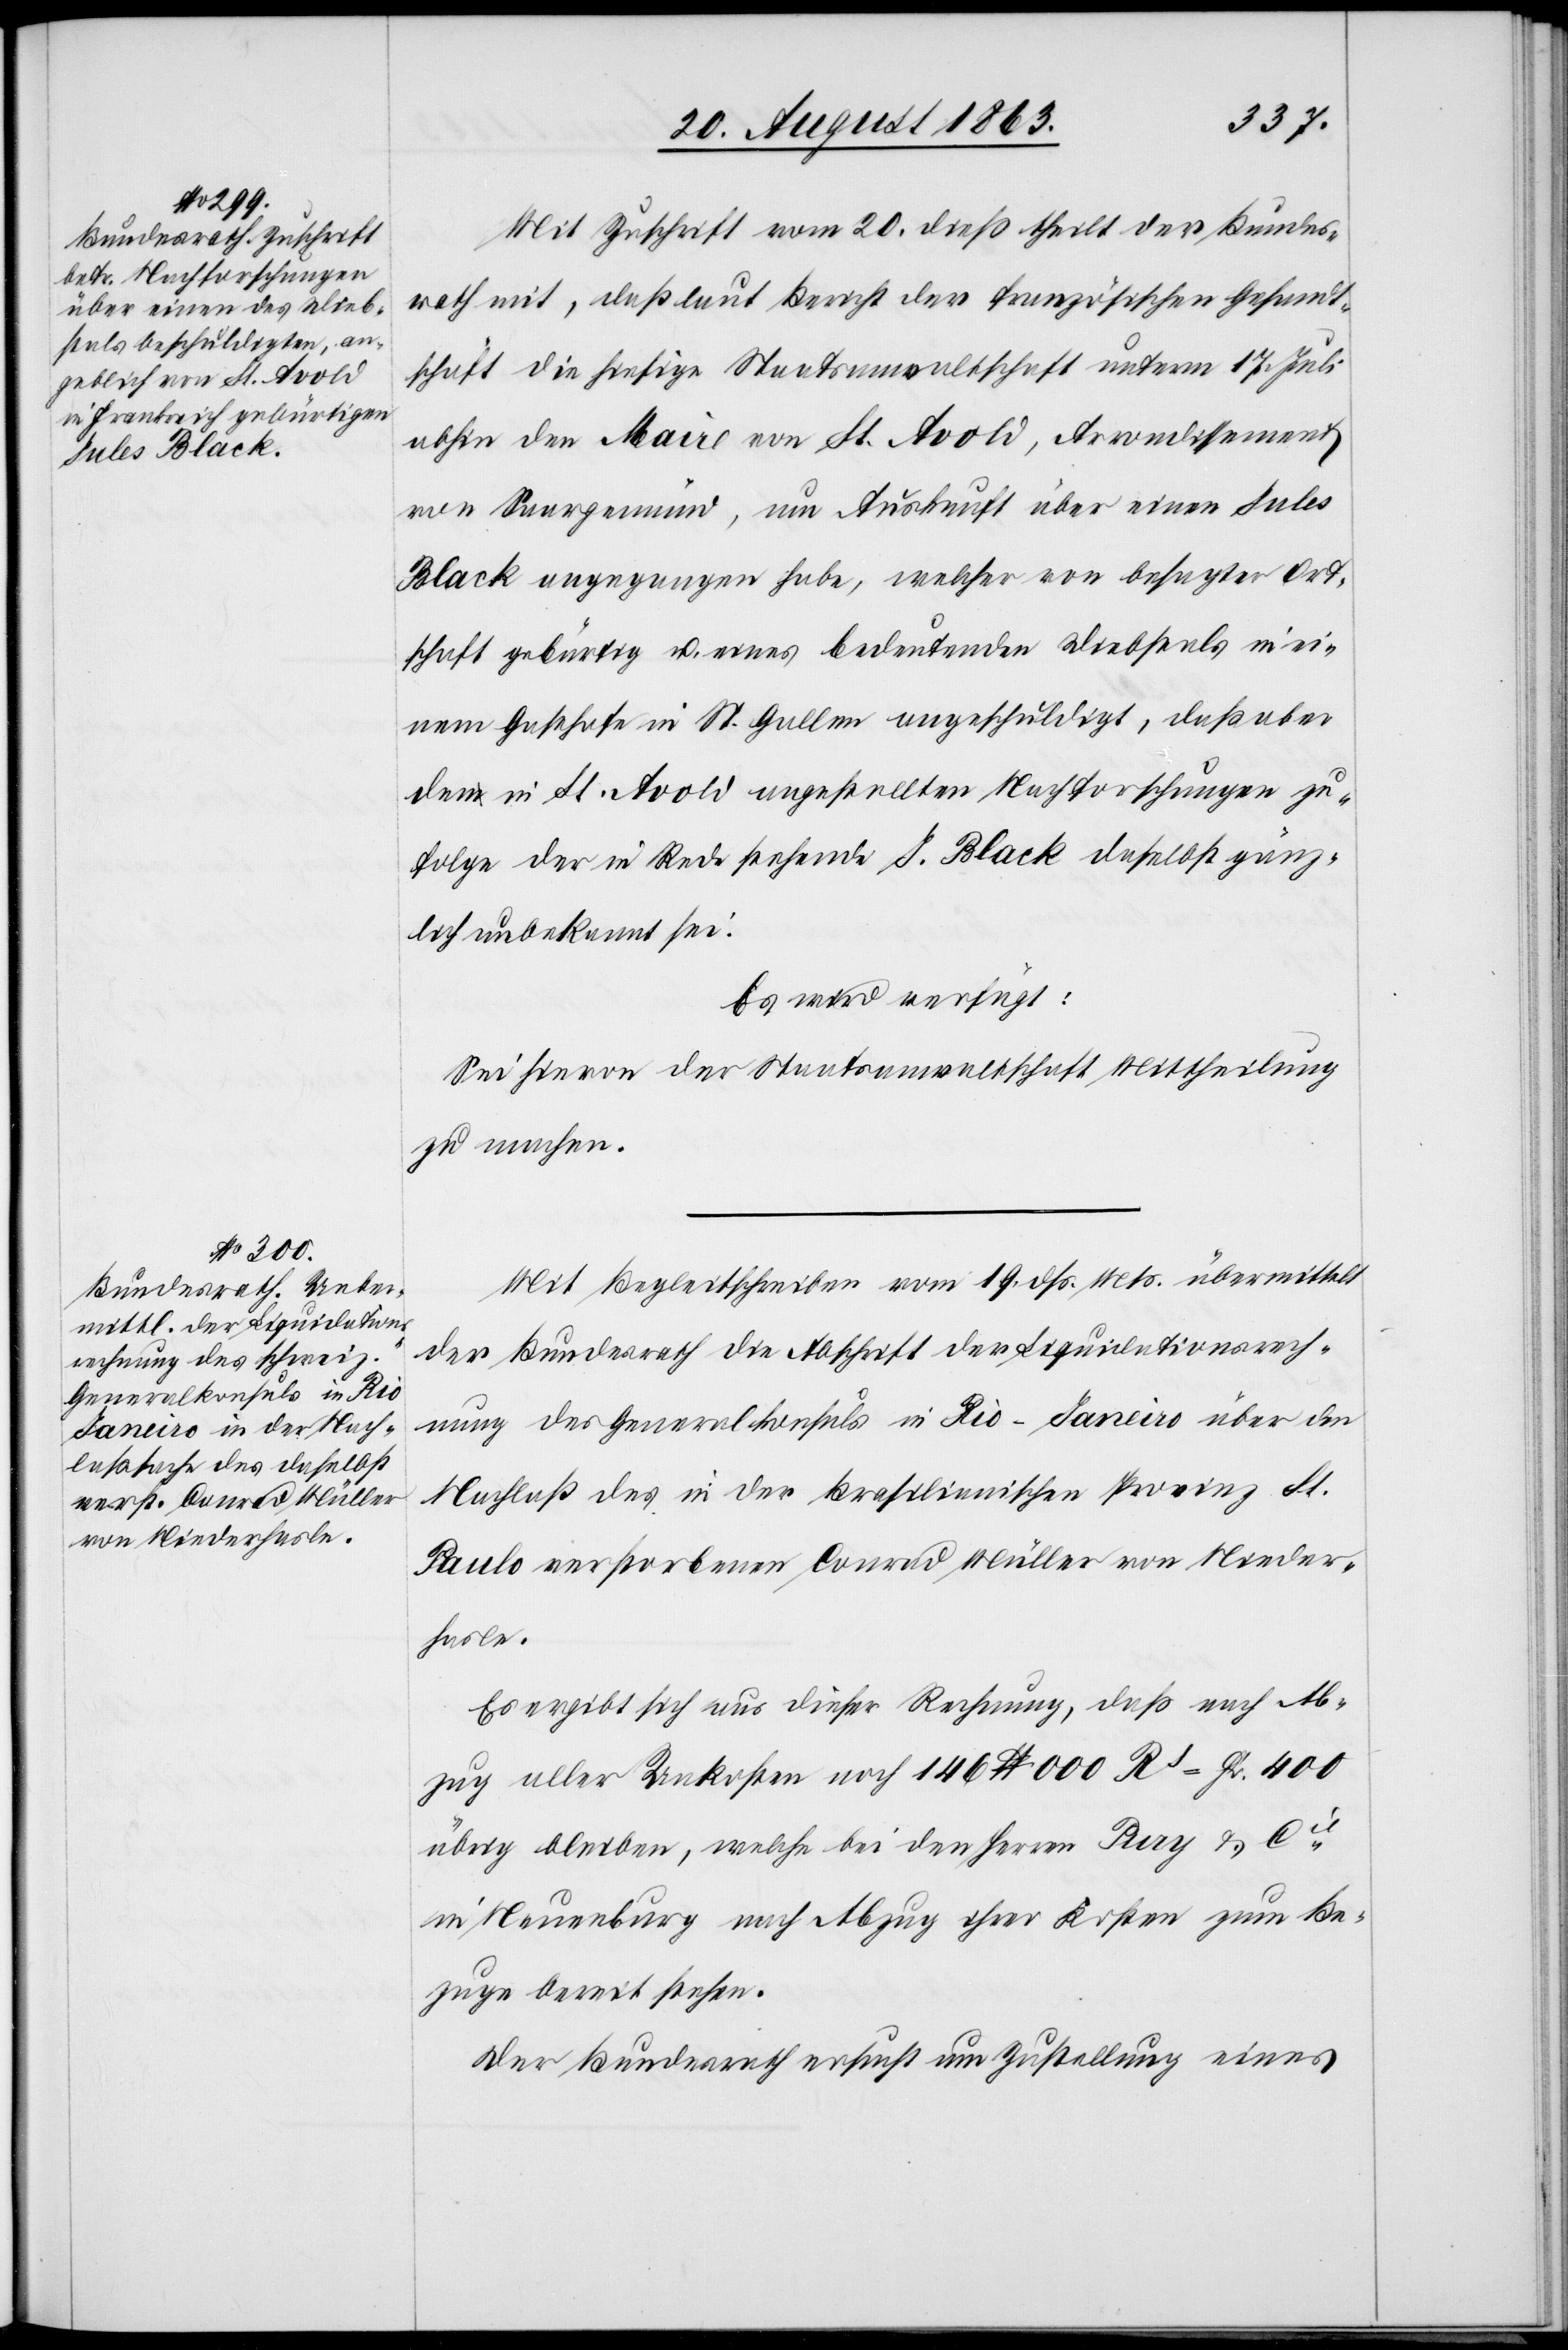
22.
Mit Zuschrift vom 20. dieß theilt der Bundes¬
rath mit, daß laut Bericht der französischen Gesandt¬
schaft die hiesige Staatsanwaltschaft unterm 17. Juli
abhin den Maire von St. Avold, Arrondissement
von Saargemünd, um Auskunft über einen Jules
Black angegangen habe, welcher von besagter Ort¬
schaft gebürtig u. eines bedeutenden Diebstals in ei¬
nem Gasthofe in St. Gallen angeschuldigt, daß aber
den in St. Avold angestellten Nachforschungen zu¬
folge der in Rede stehende J. Black daselbst gänz¬
lich unbekannt sei.
Es wird verfügt:
Sei hievon der Staatsanwaltschaft Mittheilung
zu machen.
Mit Begleitschreiben vom 19. dß. Mts. übermittelt
der Bundesrath die Abschrift der Liquidationsrech¬
nung des Generalkonsuls in Rio-Janeiro über den
Nachlaß des in der Brasilianischen Provinz St.
Paulo verstorbenen Conrad Müller von Nieder¬
hasle.
Es ergibt sich aus dieser Rechnung, daß nach Ab¬
zug aller Unkosten noch 146 lb 000 Rs = Fr. 400
übrig bleiben, welche bei den Herren Pury & Cie
in Neuenburg nach Abzug ihrer Kosten zum Be¬
zuge bereit stehen.
Der Bundesrath ersucht um Zustellung eines